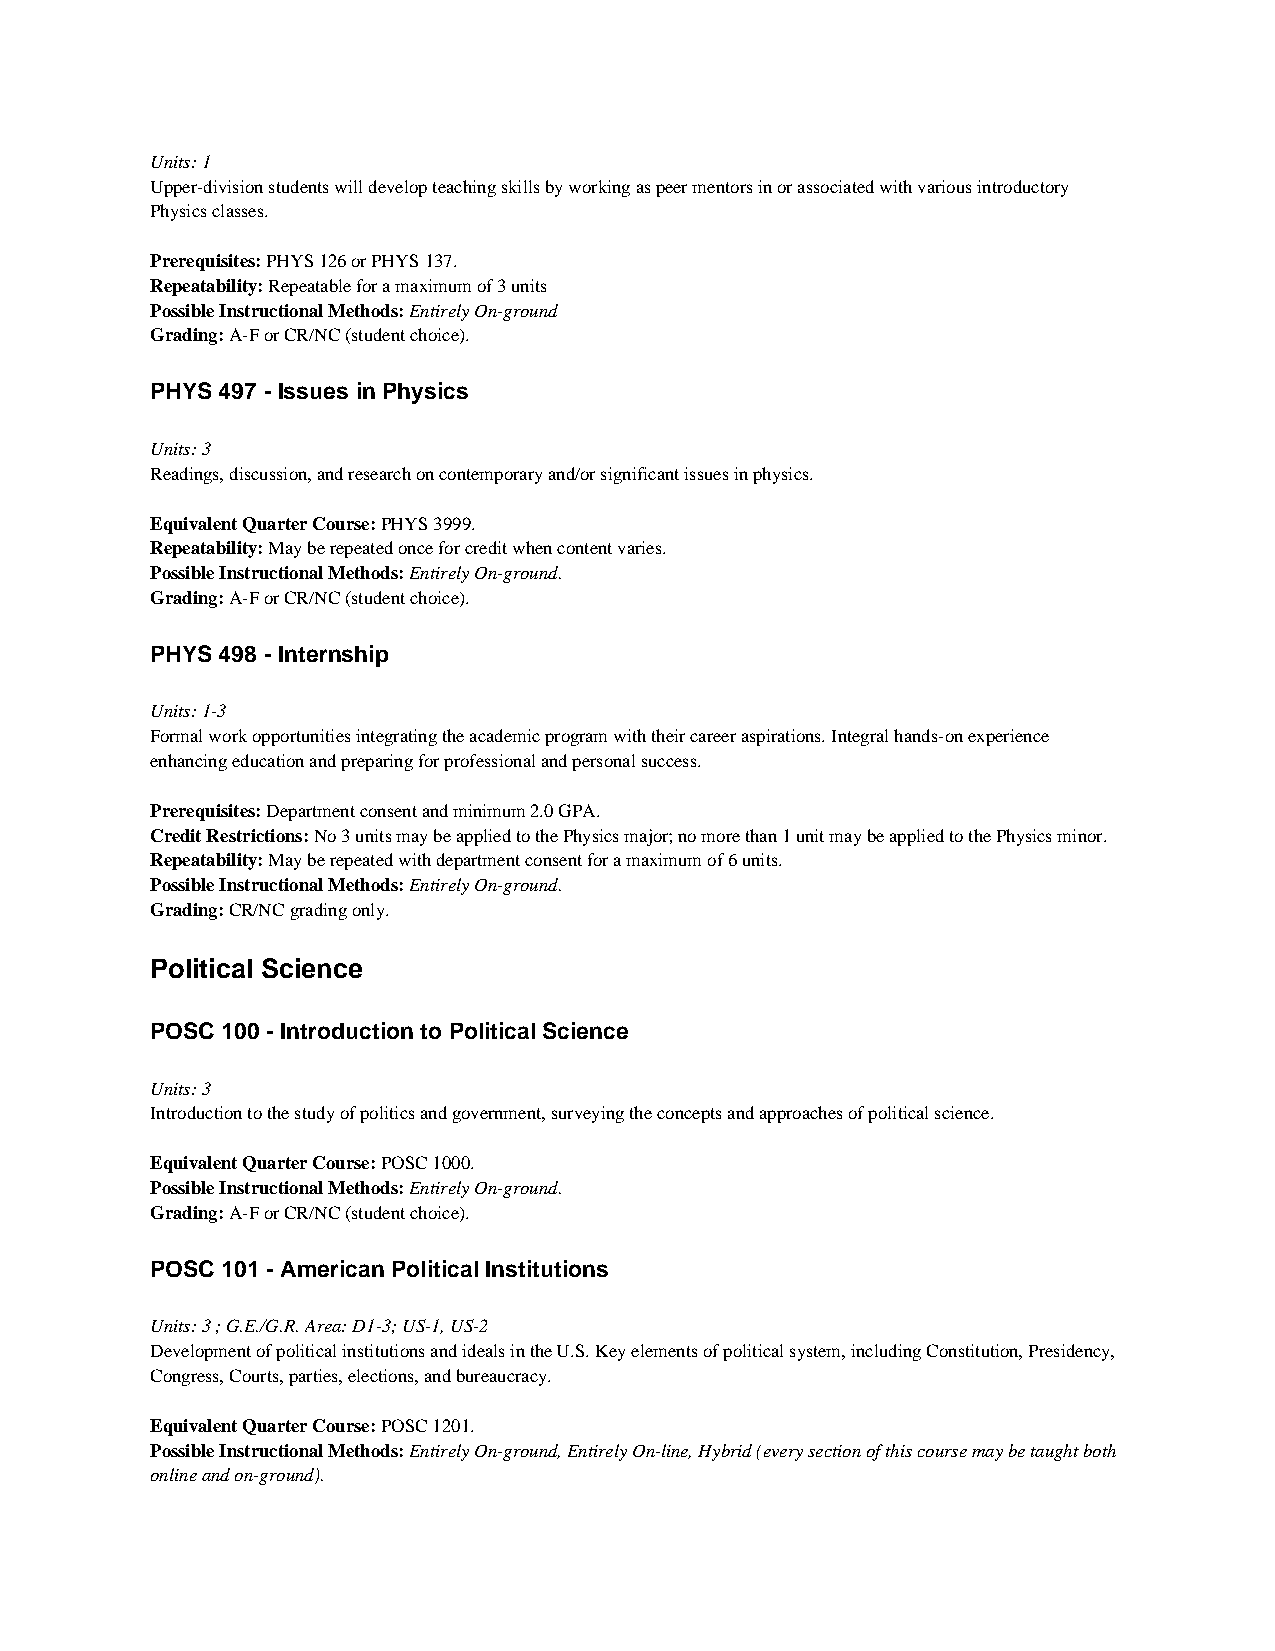
Units: 1
 Upper-division students will develop teaching skills by working as peer mentors in or associated with various introductory
 Physics classes.
 Prerequisites: PHYS 126 or PHYS 137.
 Repeatability: Repeatable for a maximum of 3 units
 Possible Instructional Methods: Entirely On-ground
 Grading: A-F or CR/NC (student choice).
 PHYS 497 - Issues in Physics
 Units: 3
 Readings, discussion, and research on contemporary and/or significant issues in physics.
 Equivalent Quarter Course: PHYS 3999.
 Repeatability: May be repeated once for credit when content varies.
 Possible Instructional Methods: Entirely On-ground.
 Grading: A-F or CR/NC (student choice).
 PHYS 498 - Internship
 Units: 1-3
 Formal work opportunities integrating the academic program with their career aspirations. Integral hands-on experience
 enhancing education and preparing for professional and personal success.
 Prerequisites: Department consent and minimum 2.0 GPA.
 Credit Restrictions: No 3 units may be applied to the Physics major; no more than 1 unit may be applied to the Physics minor.
 Repeatability: May be repeated with department consent for a maximum of 6 units.
 Possible Instructional Methods: Entirely On-ground.
 Grading: CR/NC grading only.
 Political Science
 POSC 100 - Introduction to Political Science
 Units: 3
 Introduction to the study of politics and government, surveying the concepts and approaches of political science.
 Equivalent Quarter Course: POSC 1000.
 Possible Instructional Methods: Entirely On-ground.
 Grading: A-F or CR/NC (student choice).
 POSC 101 - American Political Institutions
 Units: 3 ; G.E./G.R. Area: D1-3; US-1, US-2
 Development of political institutions and ideals in the U.S. Key elements of political system, including Constitution, Presidency,
 Congress, Courts, parties, elections, and bureaucracy.
 Equivalent Quarter Course: POSC 1201.
 Possible Instructional Methods: Entirely On-ground, Entirely On-line, Hybrid (every section of this course may be taught both
 online and on-ground).